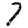
Digit: 7